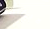
لايقاف